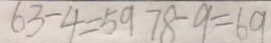
6 3 - 4 = 5 9 7 8 - 9 = 6 9